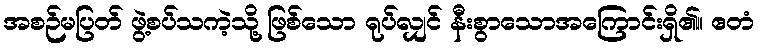
အစဉ်မပြတ် ဖွဲ့စပ်သကဲ့သို့ ဖြစ်သော ရုပ်လျှင် နီးစွာသောအကြောင်းရှိ၏။ ဧတံ